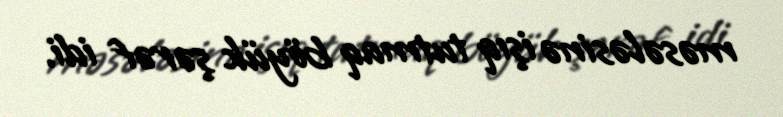
məsələsinə işıq tutmaq böyük şərəf idi.